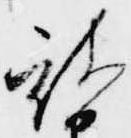
被